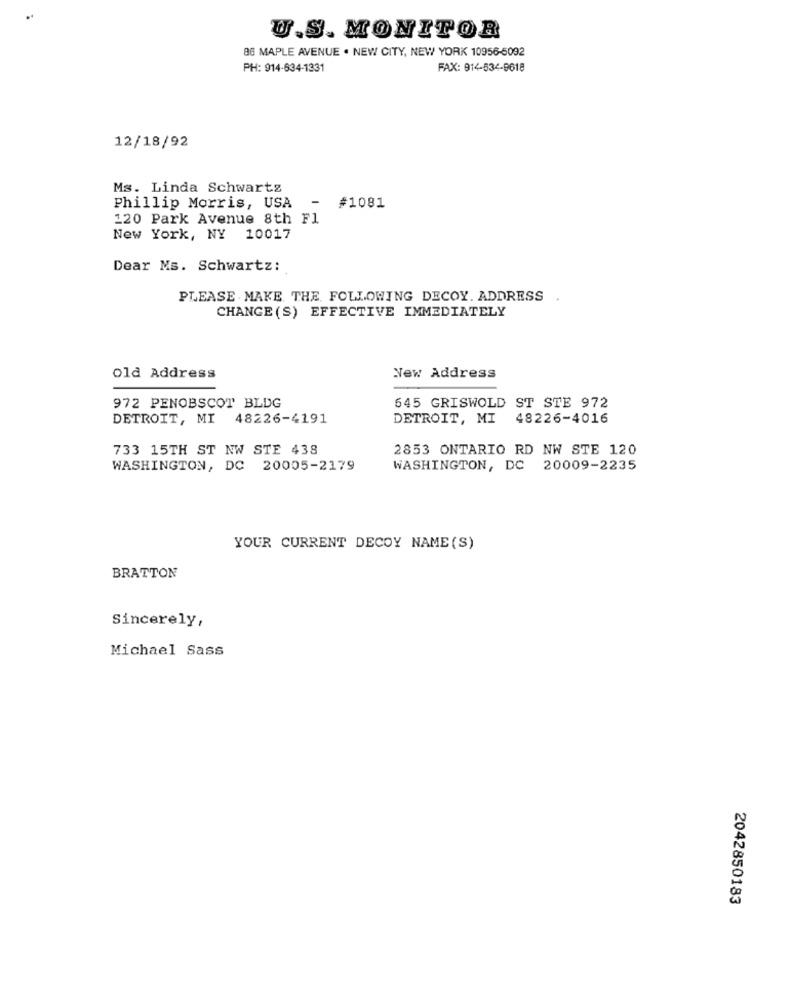
U.S. MONITOR
86 MAPLE AVENUE . NEW CITY, NEW YORK 10956-5092
PH: 914-634-1331
FAX: 914-534-9618
12/18/92
Ms. Linda Schwartz
Phillip Morris, USA
-
#1081
120 Park Avenue 8th F1
New York, NY 10017
Dear Ms. Schwartz:
PLEASE . MAKE THE FOLLOWING DECOY. ADDRESS .
CHANGE (S) EFFECTIVE IMMEDIATELY
old Address
New Address
972 PENOBSCOT BLDG
645 GRISWOLD ST STE 972
DETROIT, MI 48226-4191
DETROIT, MI 48226-4016
733 15TH ST NW STE 438
2853 ONTARIO RD NW STE 120
WASHINGTON, DC 20005-2179
WASHINGTON, DC 20009-2235
YOUR CURRENT DECOY NAME (S)
BRATTON
Sincerely,
Michael Sass
2042850183